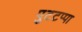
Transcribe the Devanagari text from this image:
पुटटप्पा